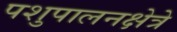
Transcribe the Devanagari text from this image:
पशुपालनक्षेत्रे